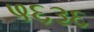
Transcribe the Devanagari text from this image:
५६३६